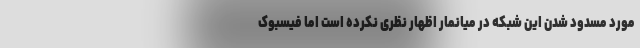
مورد مسدود شدن این شبکه در میانمار اظهار نظری نکرده است اما فیسبوک